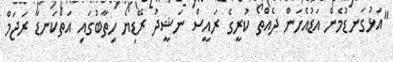
"އަޅުގަނޑުމެން އަޑުއެހަން ދެއްތޯ ކުރީގެ ރައީސް ނަޝީދު ރޭޑިޔޯ ހިތާބުގައި އަތްކަނޑާ ރަޖަމް